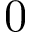
0